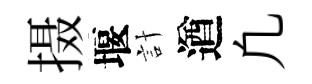
摄堰計遒凢